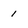
Character: 1